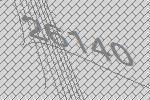
26140